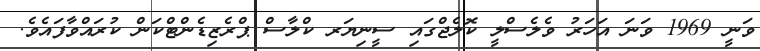
ވަނީ 1969 ވަނަ އަހަރު ވެލެސްލީ ކޮލެޖްގައި ސީނިޔަރ ކްލާސް ޕްރެޒިޑެންޓްކަން ކުރައްވާފައެވެ.